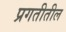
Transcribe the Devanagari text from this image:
प्रगतीतील